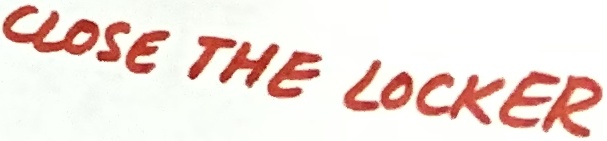
Text: CLOSE THE LOCKER